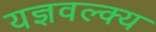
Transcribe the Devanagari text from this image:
यज्ञवल्क्य